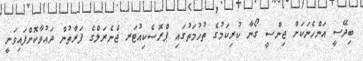
ބިދޭސީ އަންހެނަކަށް ޖިންސީ ގޯނާ ކުރިކަމުގެ ތުހުމަތުގައި ޕްރޮސެކިއުޓަރ ޖެނެރަލްގެ ފަރާތުން ދައުވާކޮށްފައިވަނީ